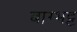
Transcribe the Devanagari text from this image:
बाग्भट्ट